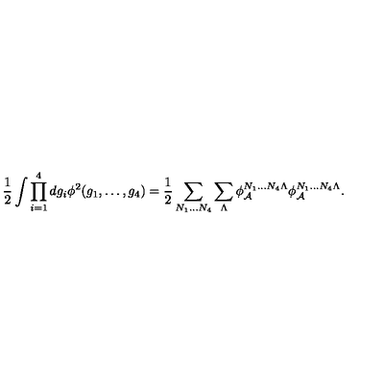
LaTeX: \frac { 1 } { 2 } \int \prod _ { i = 1 } ^ { 4 } d g _ { i } \phi ^ { 2 } ( g _ { 1 } , \ldots , g _ { 4 } ) = \frac { 1 } { 2 } \sum _ { N _ { 1 } \ldots N _ { 4 } } \sum _ { \Lambda } \phi _ { \cal A } ^ { N _ { 1 } \ldots N _ { 4 } \Lambda } \phi _ { \cal A } ^ { N _ { 1 } \ldots N _ { 4 } \Lambda } .